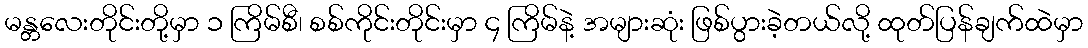
မန္တလေးတိုင်းတို့မှာ ၁ ကြိမ်စီ၊ စစ်ကိုင်းတိုင်းမှာ ၄ ကြိမ်နဲ့ အများဆုံး ဖြစ်ပွားခဲ့တယ်လို့ ထုတ်ပြန်ချက်ထဲမှာ